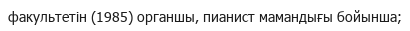
факультетін (1985) органшы, пианист мамандығы бойынша;